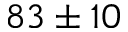
8 3 \pm 1 0